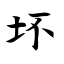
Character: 坏